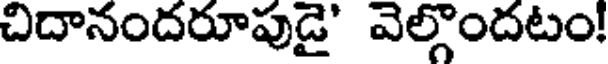
చిదానందరూపుడై' వెల్గొందటం!